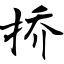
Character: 挢